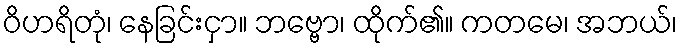
ဝိဟရိတုံ၊ နေခြင်းငှာ။ ဘဗ္ဗော၊ ထိုက်၏။ ကတမေ၊ အဘယ်၊